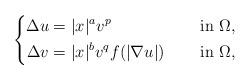
LaTeX: \begin{align*}\left\{\begin{aligned}\Delta u&=|x|^{a}v^{p} &&\quad\mbox{ in } \Omega, \\\Delta v&=|x|^{b}v^{q}f(|\nabla u|) &&\quad\mbox{ in } \Omega,\end{aligned}\right.\end{align*}